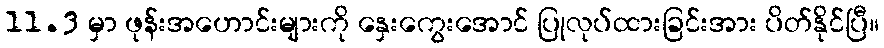
11.3 မှာ ဖုန်းအဟောင်းများကို နှေးကွေးအောင် ပြုလုပ်ထားခြင်းအား ပိတ်နိုင်ပြီ။